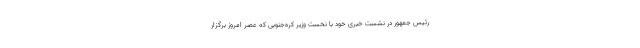
رئیس جمهور در نشست خبری خود با نخست وزیر کره‌جنوبی که عصر امروز برگزار